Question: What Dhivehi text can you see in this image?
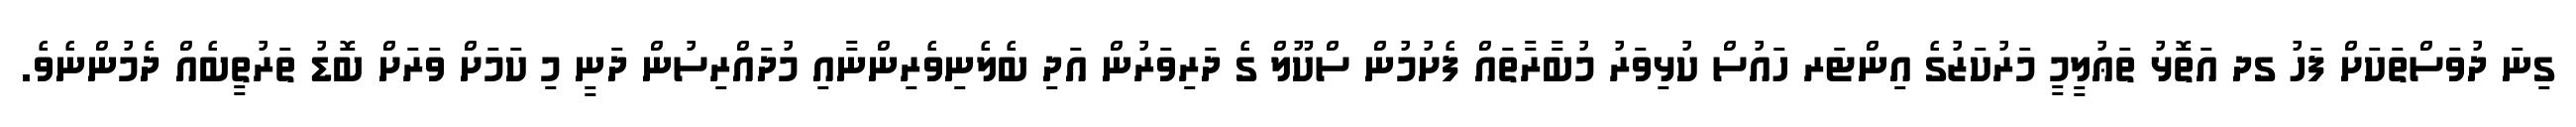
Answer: ގިނަ ދުވަސްތަކަށް ފަހު ގދ އަތޮޅު ތަޢުލީމީ މަރުކަޒުގެ އިންޓަރ ހައުސް ކުޅިވަރު މުބާރާތައް ފެށުމުން ސްކޫލް ގެ ދަރިވަރުން އަދި ބެލެނިވެރިންނާއި މުދައްރިސުން ދަނީ މި ކަމަށް ވަރަށް ބޮޑު ތަރުތީބެއް ދެމުންނެވެ.